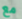
مع